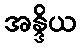
အန္ဒိယ